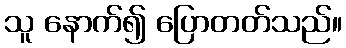
သူ နောက်၍ ပြောတတ်သည်။